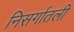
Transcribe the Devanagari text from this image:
निसर्गातली